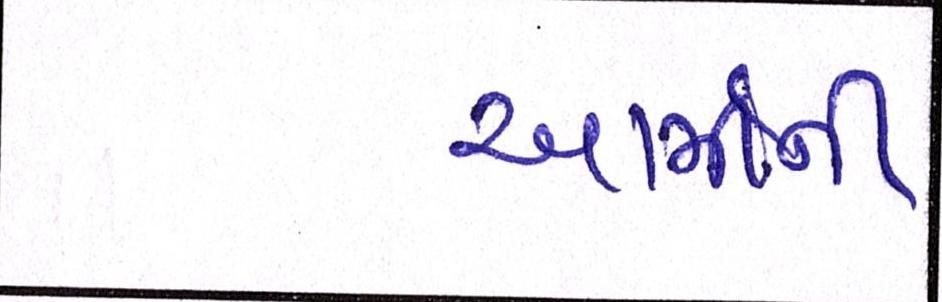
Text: આર્મીની